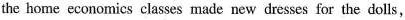
the home economics classes made new dresses for the dolls,